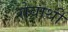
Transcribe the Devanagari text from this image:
सेवाथीं